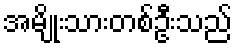
အမျိုးသားတစ်ဦးသည်